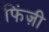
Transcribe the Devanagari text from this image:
फिंज़ी